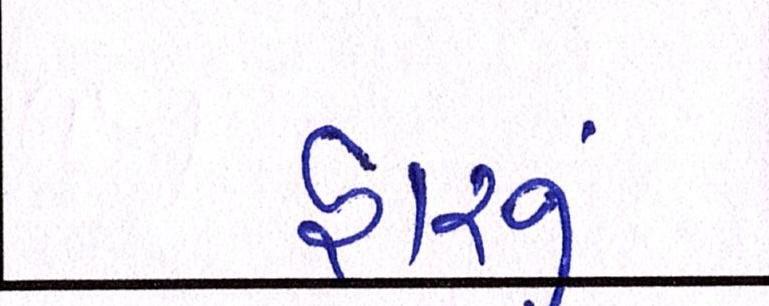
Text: હારનું